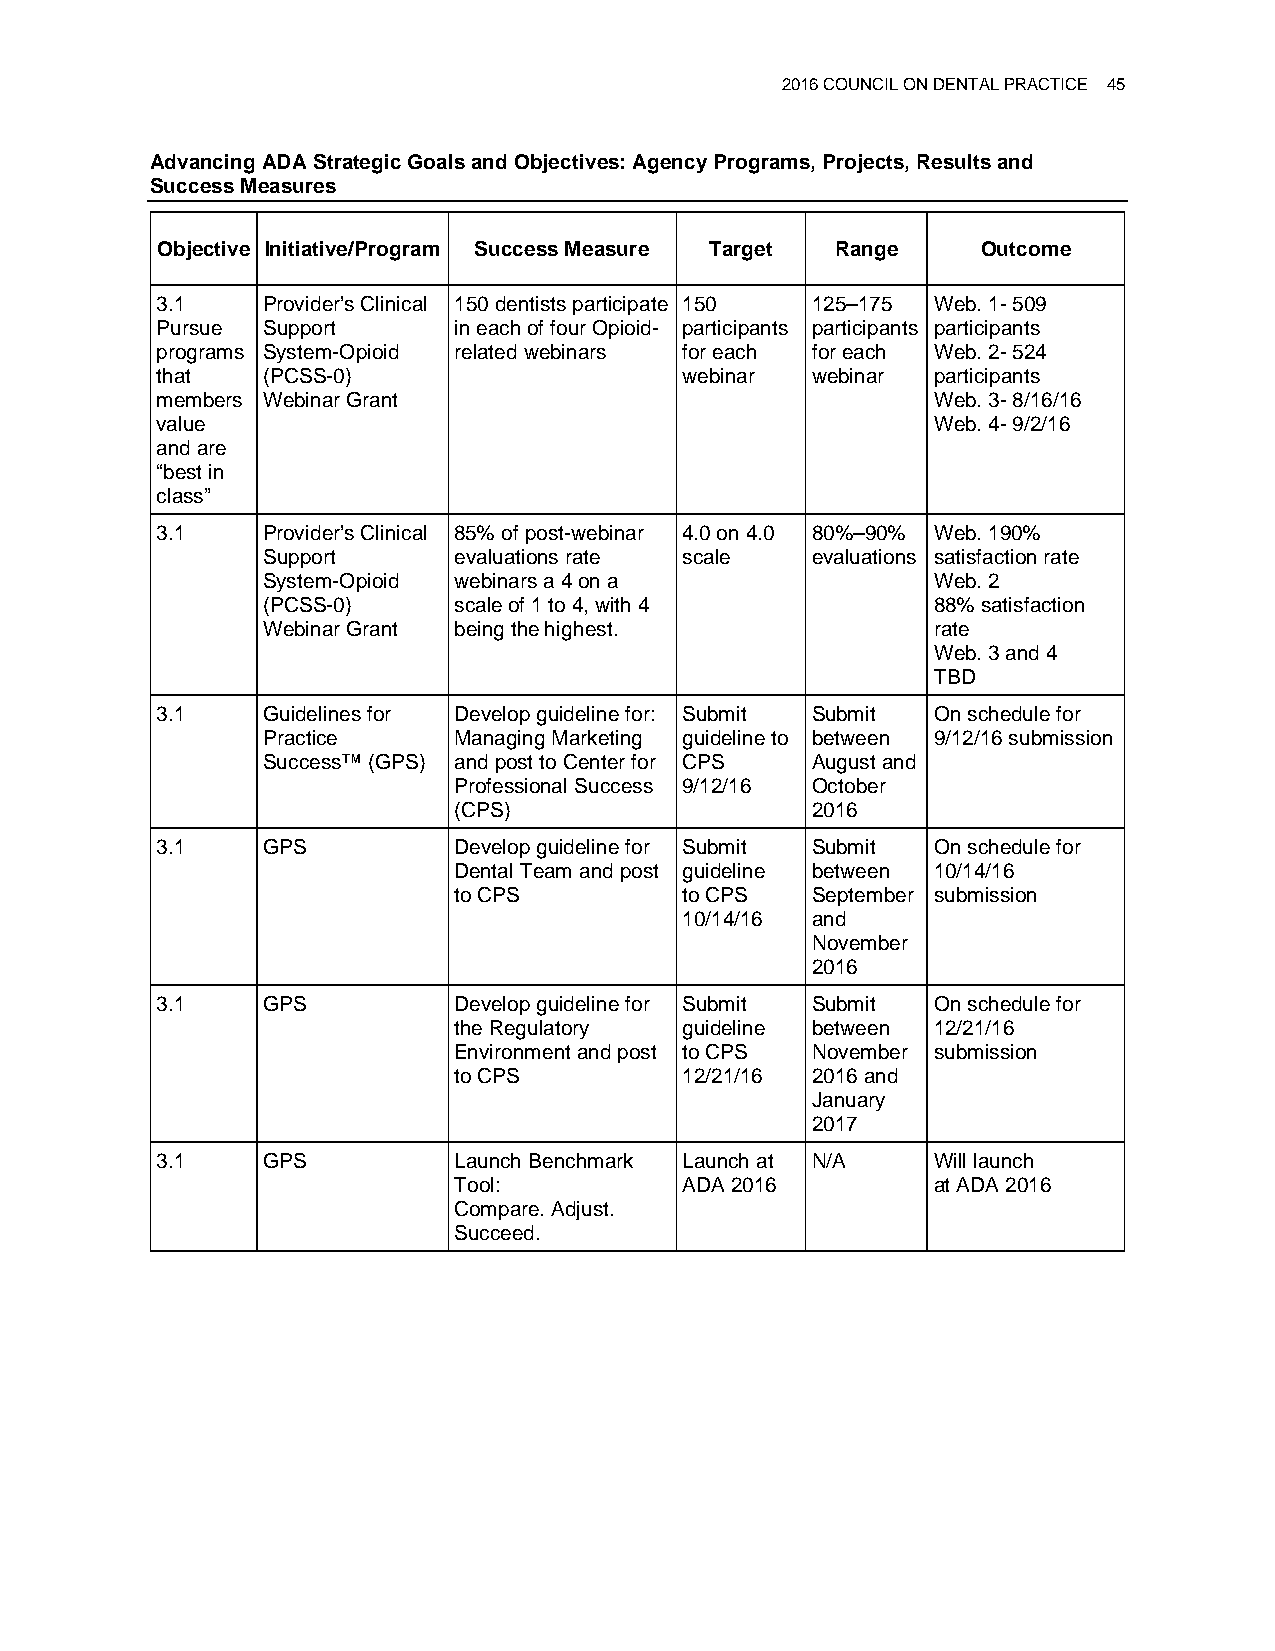
2016 COUNCIL ON DENTAL PRACTICE 45
 Advancing ADA Strategic Goals and Objectives: Agency Programs, Projects, Results and
 Success Measures
 Objective Initiative/Program Success Measure Target Range Outcome
 3.1    Provider’s Clinical 150 dentists participate 150 125–175 Web. 1- 509
 Pursue Support      in each of four Opioid- participants participants participants
 programs System-Opioid related webinars for each for each Web. 2- 524
 that   (PCSS-0)                    webinar  webinar participants
 members Webinar Grant                               Web. 3- 8/16/16
 value                                               Web. 4- 9/2/16
 and are
 “best in
 class”
 3.1    Provider’s Clinical 85% of post-webinar 4.0 on 4.0 80%–90% Web. 190%
 Support      evaluations rate scale  evaluations satisfaction rate
 System-Opioid webinars a 4 on a              Web. 2
 (PCSS-0)     scale of 1 to 4, with 4         88% satisfaction
 Webinar Grant being the highest.             rate
 Web. 3 and 4
 TBD
 3.1    Guidelines for Develop guideline for: Submit Submit On schedule for
 Practice     Managing Marketing guideline to between 9/12/16 submission
 Success™ (GPS) and post to Center for CPS August and
 Professional Success 9/12/16 October
 (CPS)                   2016
 3.1    GPS          Develop guideline for Submit Submit On schedule for
 Dental Team and post guideline between 10/14/16
 to CPS         to CPS   September submission
 10/14/16 and
 November
 2016
 3.1    GPS          Develop guideline for Submit Submit On schedule for
 the Regulatory guideline between 12/21/16
 Environment and post to CPS November submission
 to CPS         12/21/16 2016 and
 January
 2017
 3.1    GPS          Launch Benchmark Launch at N/A  Will launch
 Tool:          ADA 2016         at ADA 2016
 Compare. Adjust.
 Succeed.